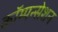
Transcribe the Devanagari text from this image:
कॉम्पन्सेशन